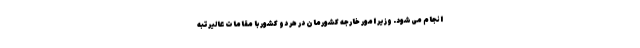
انجام می‌شود. وزیر امور خارجه کشورمان در هر دو کشور با مقامات عالیرتبه